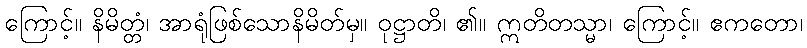
ကြောင့်။ နိမိတ္တံ၊ အာရုံဖြစ်သောနိမိတ်မှ။ ဝုဋ္ဌာတိ၊ ၏။ ဣတိတသ္မာ၊ ကြောင့်။ ဧကတော၊